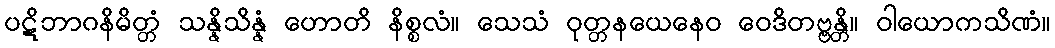
ပဋိဘာဂနိမိတ္တံ သန္နိသိန္နံ ဟောတိ နိစ္စလံ။ သေသံ ဝုတ္တနယေနေဝ ဝေဒိတဗ္ဗန္တိ။ ဝါယောကသိဏံ။